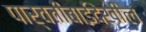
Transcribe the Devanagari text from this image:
पार्वतीबाईदेखील